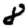
Digit: 8